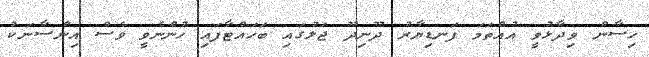
ހިސާން ވިދާޅުވީ އުއްތަމަ ފަނޑިޔާރު ދޫނިދޫ ޖަލުގައި ބަހައްޓާފައި ހުންނެވީ ވެސް އިންސާނަކު